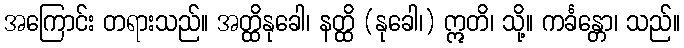
အကြောင်း တရားသည်။ အတ္ထိနုခေါ၊ နတ္ထိ (နုခေါ၊) ဣတိ၊ သို့။ ကင်္ခန္တော၊ သည်။